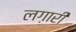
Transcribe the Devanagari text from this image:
लग़ारी